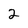
Character: 2